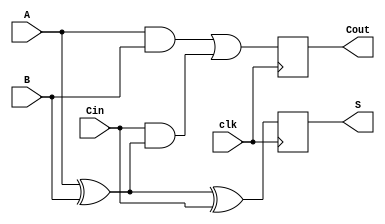
module dynamic_full_adder (
    input wire A,      // First input bit
    input wire B,      // Second input bit
    input wire Cin,    // Carry in bit
    input wire clk,    // Clock signal
    output reg S,      // Sum output
    output reg Cout    // Carry out output
);

    // Precharge and evaluation logic
    reg S_precharge;
    reg Cout_precharge;

    always @(posedge clk) begin
        // Precharge phase
        S_precharge <= 1'b1; // Precharge S to 1
        Cout_precharge <= 1'b1; // Precharge Cout to 1
    end

    always @(negedge clk) begin
        // Evaluation phase
        S_precharge <= 1'b0; // Disable precharge
        Cout_precharge <= 1'b0; // Disable precharge
        
        // Sum output S = A XOR B XOR Cin
        S <= (A ^ B) ^ Cin;

        // Carry out output Cout = (A AND B) OR (Cin AND (A XOR B))
        Cout <= (A & B) | (Cin & (A ^ B));
    end

endmodule